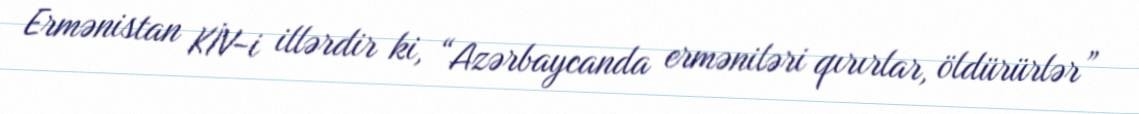
Ermənistan KİV-i illərdir ki, “Azərbaycanda erməniləri qırırlar, öldürürlər”